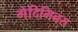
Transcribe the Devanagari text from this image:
गेदिमिनस